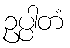
ဥပ္ပါတံ